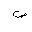
Letter: _sad